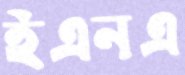
ইএনএ